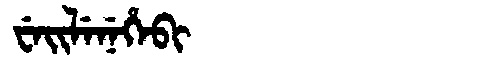
Manchu: ᠸᡝᡳᠯᡝᠨᡝᡥᡝᠪᡳ
Romanization: WEILENEHEBI